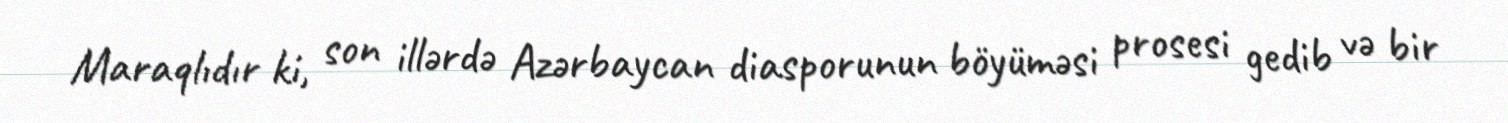
Maraqlıdır ki, son illərdə Azərbaycan diasporunun böyüməsi prosesi gedib və bir